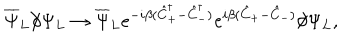
\overline { { { \Psi } } } _ { L } \partial \! \! \! / \Psi _ { L } \to \overline { { { \Psi } } } _ { L } e ^ { - i \beta ( \hat { C } _ { + } ^ { \dagger } - \hat { C } _ { - } ^ { \dagger } ) } e ^ { i \beta ( \hat { C } _ { + } - \hat { C } _ { - } ) } \partial \! \! \! / \Psi _ { L } ,